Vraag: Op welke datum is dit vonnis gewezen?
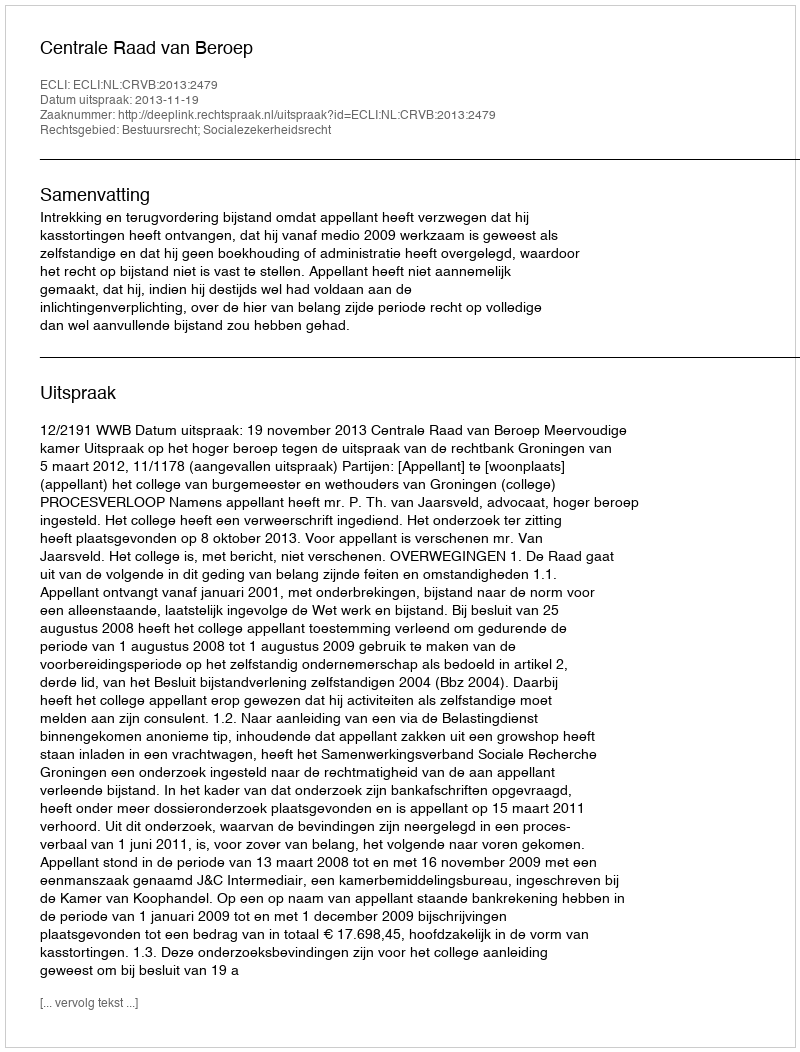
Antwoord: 2013-11-19